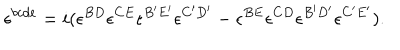
LaTeX: \epsilon ^ { b c d e } = i ( \epsilon ^ { B D } \epsilon ^ { C E } \epsilon ^ { B ^ { \prime } E ^ { \prime } } \epsilon ^ { C ^ { \prime } D ^ { \prime } } - \epsilon ^ { B E } \epsilon ^ { C D } \epsilon ^ { B ^ { \prime } D ^ { \prime } } \epsilon ^ { C ^ { \prime } E ^ { \prime } } ) .